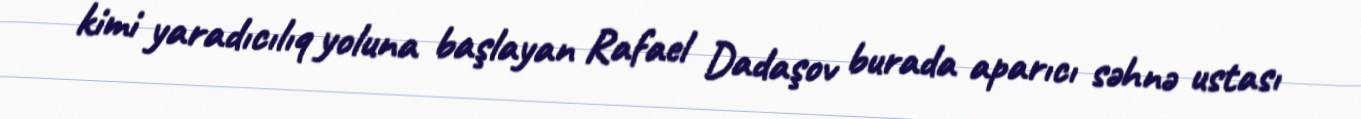
kimi yaradıcılıq yoluna başlayan Rafael Dadaşov burada aparıcı səhnə ustası